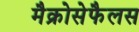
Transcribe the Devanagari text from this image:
मैक्रोसेफैलस